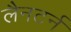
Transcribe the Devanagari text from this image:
लैनटर्न